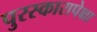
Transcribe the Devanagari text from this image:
पुरस्कारापेक्षा